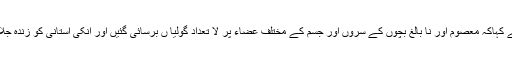
انہو ں نے کہاکہ معصوم اور نا بالغ بچوں کے سروں اور جسم کے مختلف عضاء پر لا تعداد گولیا ں برسائی گئیں اور انکی استانی کو زندہ جلا دیا گیا ۔